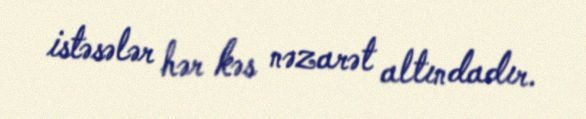
istəsələr hər kəs nəzarət altındadır.